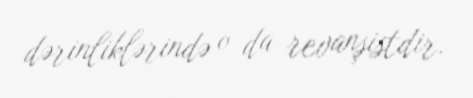
dərinliklərində o da revanşistdir.